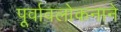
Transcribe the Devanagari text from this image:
पूर्वावलोकनाने